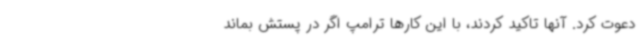
دعوت کرد. آنها تاکید کردند، با این کارها ترامپ اگر در پستش بماند